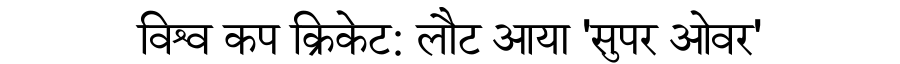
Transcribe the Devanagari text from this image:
विश्व कप क्रिकेट: लौट आया 'सुपर ओवर'